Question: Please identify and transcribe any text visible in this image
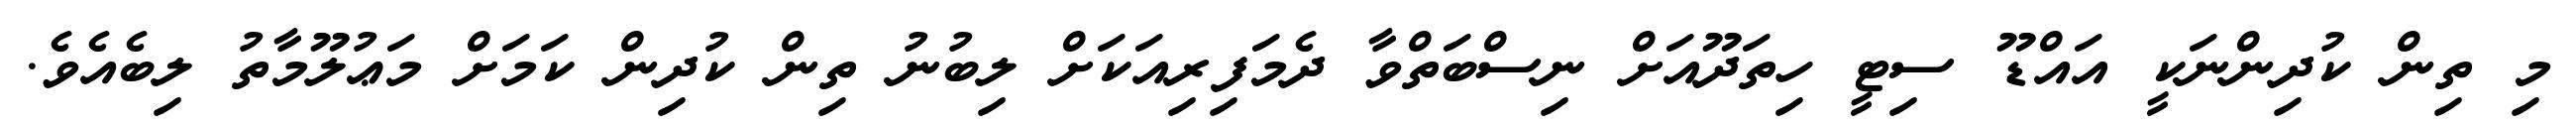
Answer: މި ތިން ކުދިންނަކީ އައްޑޫ ސިޓީ ހިތަދޫއަށް ނިސްބަތްވާ ދެމަފިރިއަކަށް ލިބުނު ތިން ކުދިން ކަމަށް މަޢުލޫމާތު ލިބެއެވެ.